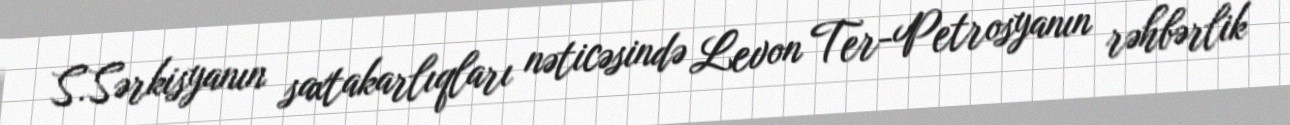
S.Sərkisyanın saxtakarlıqları nəticəsində Levon Ter-Petrosyanın rəhbərlik